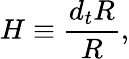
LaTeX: H\equiv{\frac{d_{t}R}{R}},